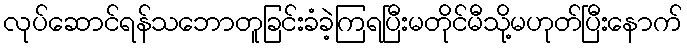
လုပ်ဆောင်ရန်သဘောတူခြင်းခံခဲ့ကြရပြီးမတိုင်မီသို့မဟုတ်ပြီးနောက်